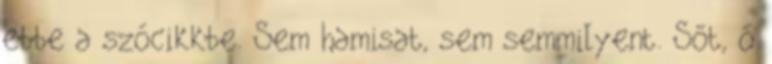
ebbe a szócikkbe. Sem hamisat, sem semmilyent. Sőt, ő